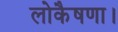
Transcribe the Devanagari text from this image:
लोकैषणा।